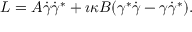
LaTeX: L = A \dot { \gamma } \dot { \gamma } ^ { * } + \imath \kappa B ( \gamma ^ { * } \dot { \gamma } - \gamma \dot { \gamma } ^ { * } ) .